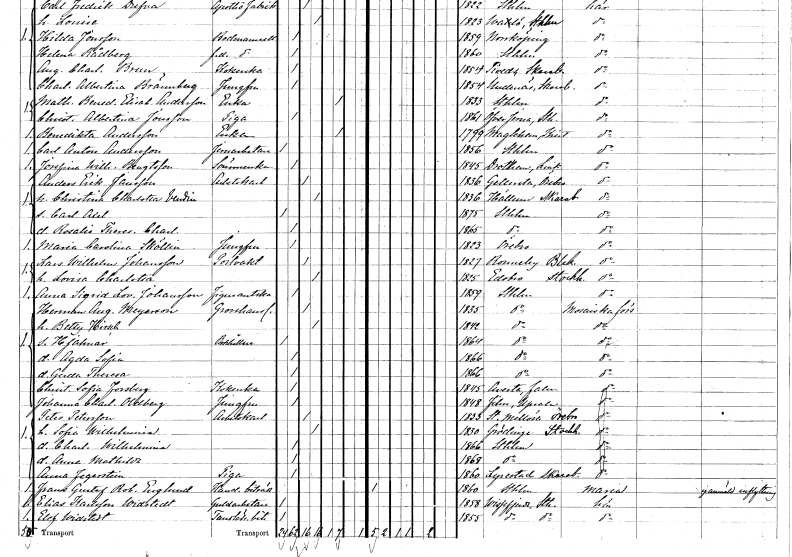
gt_parse: households: individuals: FN: Benedikta
EN: Andersson
YRKE: Änka
KON: K
CIV: E
FODAR: 1799
FODFORS: Maglehem Kristianstads län
FN: Carl Anton
EN: Andersson
YRKE: Järnarbetare
KON: M
CIV: O
FODAR: 1856
FODFORS: Stockholm
FN: Josefina Wilhelmina
EN: Bengtsson
YRKE: Sömmerska
KON: K
CIV: O
FODAR: 1845
FODFORS: Drothem Östergötlands län
FN: Anders Erik
EN: Jansson
YRKE: Arbetskarl
KON: M
CIV: G
FODAR: 1836
FODFORS: Gällersta Örebro län
FN: Christina Charlotta
EN: Vendin
KON: K
CIV: G
FODAR: 1836
FODFORS: Hällum Skaraborgs län
FN: Carl Axel
KON: M
CIV: O
FODAR: 1875
FODFORS: Stockholm
FN: Rosalie Theresia Charlotta
KON: K
CIV: O
FODAR: 1865
FODFORS: Stockholm
FN: Maria Carolina
EN: Sköllin
YRKE: Jungfru
KON: K
CIV: O
FODAR: 1823
FODFORS: Örebro Örebro län
FN: Lars Wilhelm
EN: Johansson
YRKE: Portvakt
KON: M
CIV: G
FODAR: 1827
FODFORS: Ronneby Blekinge län
FN: Lovisa Charlotta
KON: K
CIV: G
FODAR: 1825
FODFORS: Edsbro Stockholms län
FN: Anna Sigrid Lovisa
EN: Johansson
YRKE: Figurantska
KON: K
CIV: O
FODAR: 1859
FODFORS: Stockholm
FN: Herman August
EN: Meyerson
YRKE: Grosshandlare
KON: M
CIV: G
FODAR: 1835
FODFORS: Stockholm
FN: Betty
EN: Hirsch
KON: K
CIV: G
FODAR: 1842
FODFORS: Stockholm
FN: Hjalmar
YRKE: Bokhållare
KON: M
CIV: O
FODAR: 1864
FODFORS: Stockholm
FN: Agda Sofia
KON: K
CIV: O
FODAR: 1866
FODFORS: Stockholm
FN: Gerda Theresa
KON: K
CIV: O
FODAR: 1866
FODFORS: Stockholm
FN: Christina Sofia
EN: Forsberg
YRKE: Kokerska
KON: K
CIV: O
FODAR: 1845
FODFORS: Avesta Kopparbergs län
FN: Johanna Charlotta
EN: Oldberg
YRKE: Jungfru
KON: K
CIV: O
FODAR: 1848
FODFORS: Film Uppsala län
FN: Peter
EN: Petersson
YRKE: Arbetskarl
KON: M
CIV: G
FODAR: 1833
FODFORS: Stora Mellösa Örebro län
FN: Sofia Wilhelmina
KON: K
CIV: G
FODAR: 1830
FODFORS: Grödinge Stockholms län
FN: Charlotta Wilhelmina
KON: K
CIV: O
FODAR: 1866
FODFORS: Stockholm
FN: Anna Mathilda
KON: K
CIV: O
FODAR: 1868
FODFORS: Stockholm
FN: Anna
EN: Fegerstein
YRKE: Piga
KON: K
CIV: O
FODAR: 1860
FODFORS: Lyrestad Skaraborgs län
FN: Frans Gustaf Robert
EN: Englund
YRKE: Handelsbiträde
KON: M
CIV: O
FODAR: 1860
FODFORS: Stockholm
FN: Elias
EN: Karlsson Widstedt
YRKE: Guldarbetare
KON: M
CIV: O
FODAR: 1858
FODFORS: Vissefjärda Kalmar län
FN: Elof
EN: Widstedt
YRKE: Tandläkarebiträde
KON: M
CIV: O
FODAR: 1855
FODFORS: Vissefjärda Kalmar län